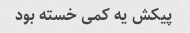
پیکش یه کمی خسته بود